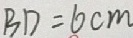
B D = 6 c m